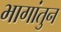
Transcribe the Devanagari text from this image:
भागांतुन